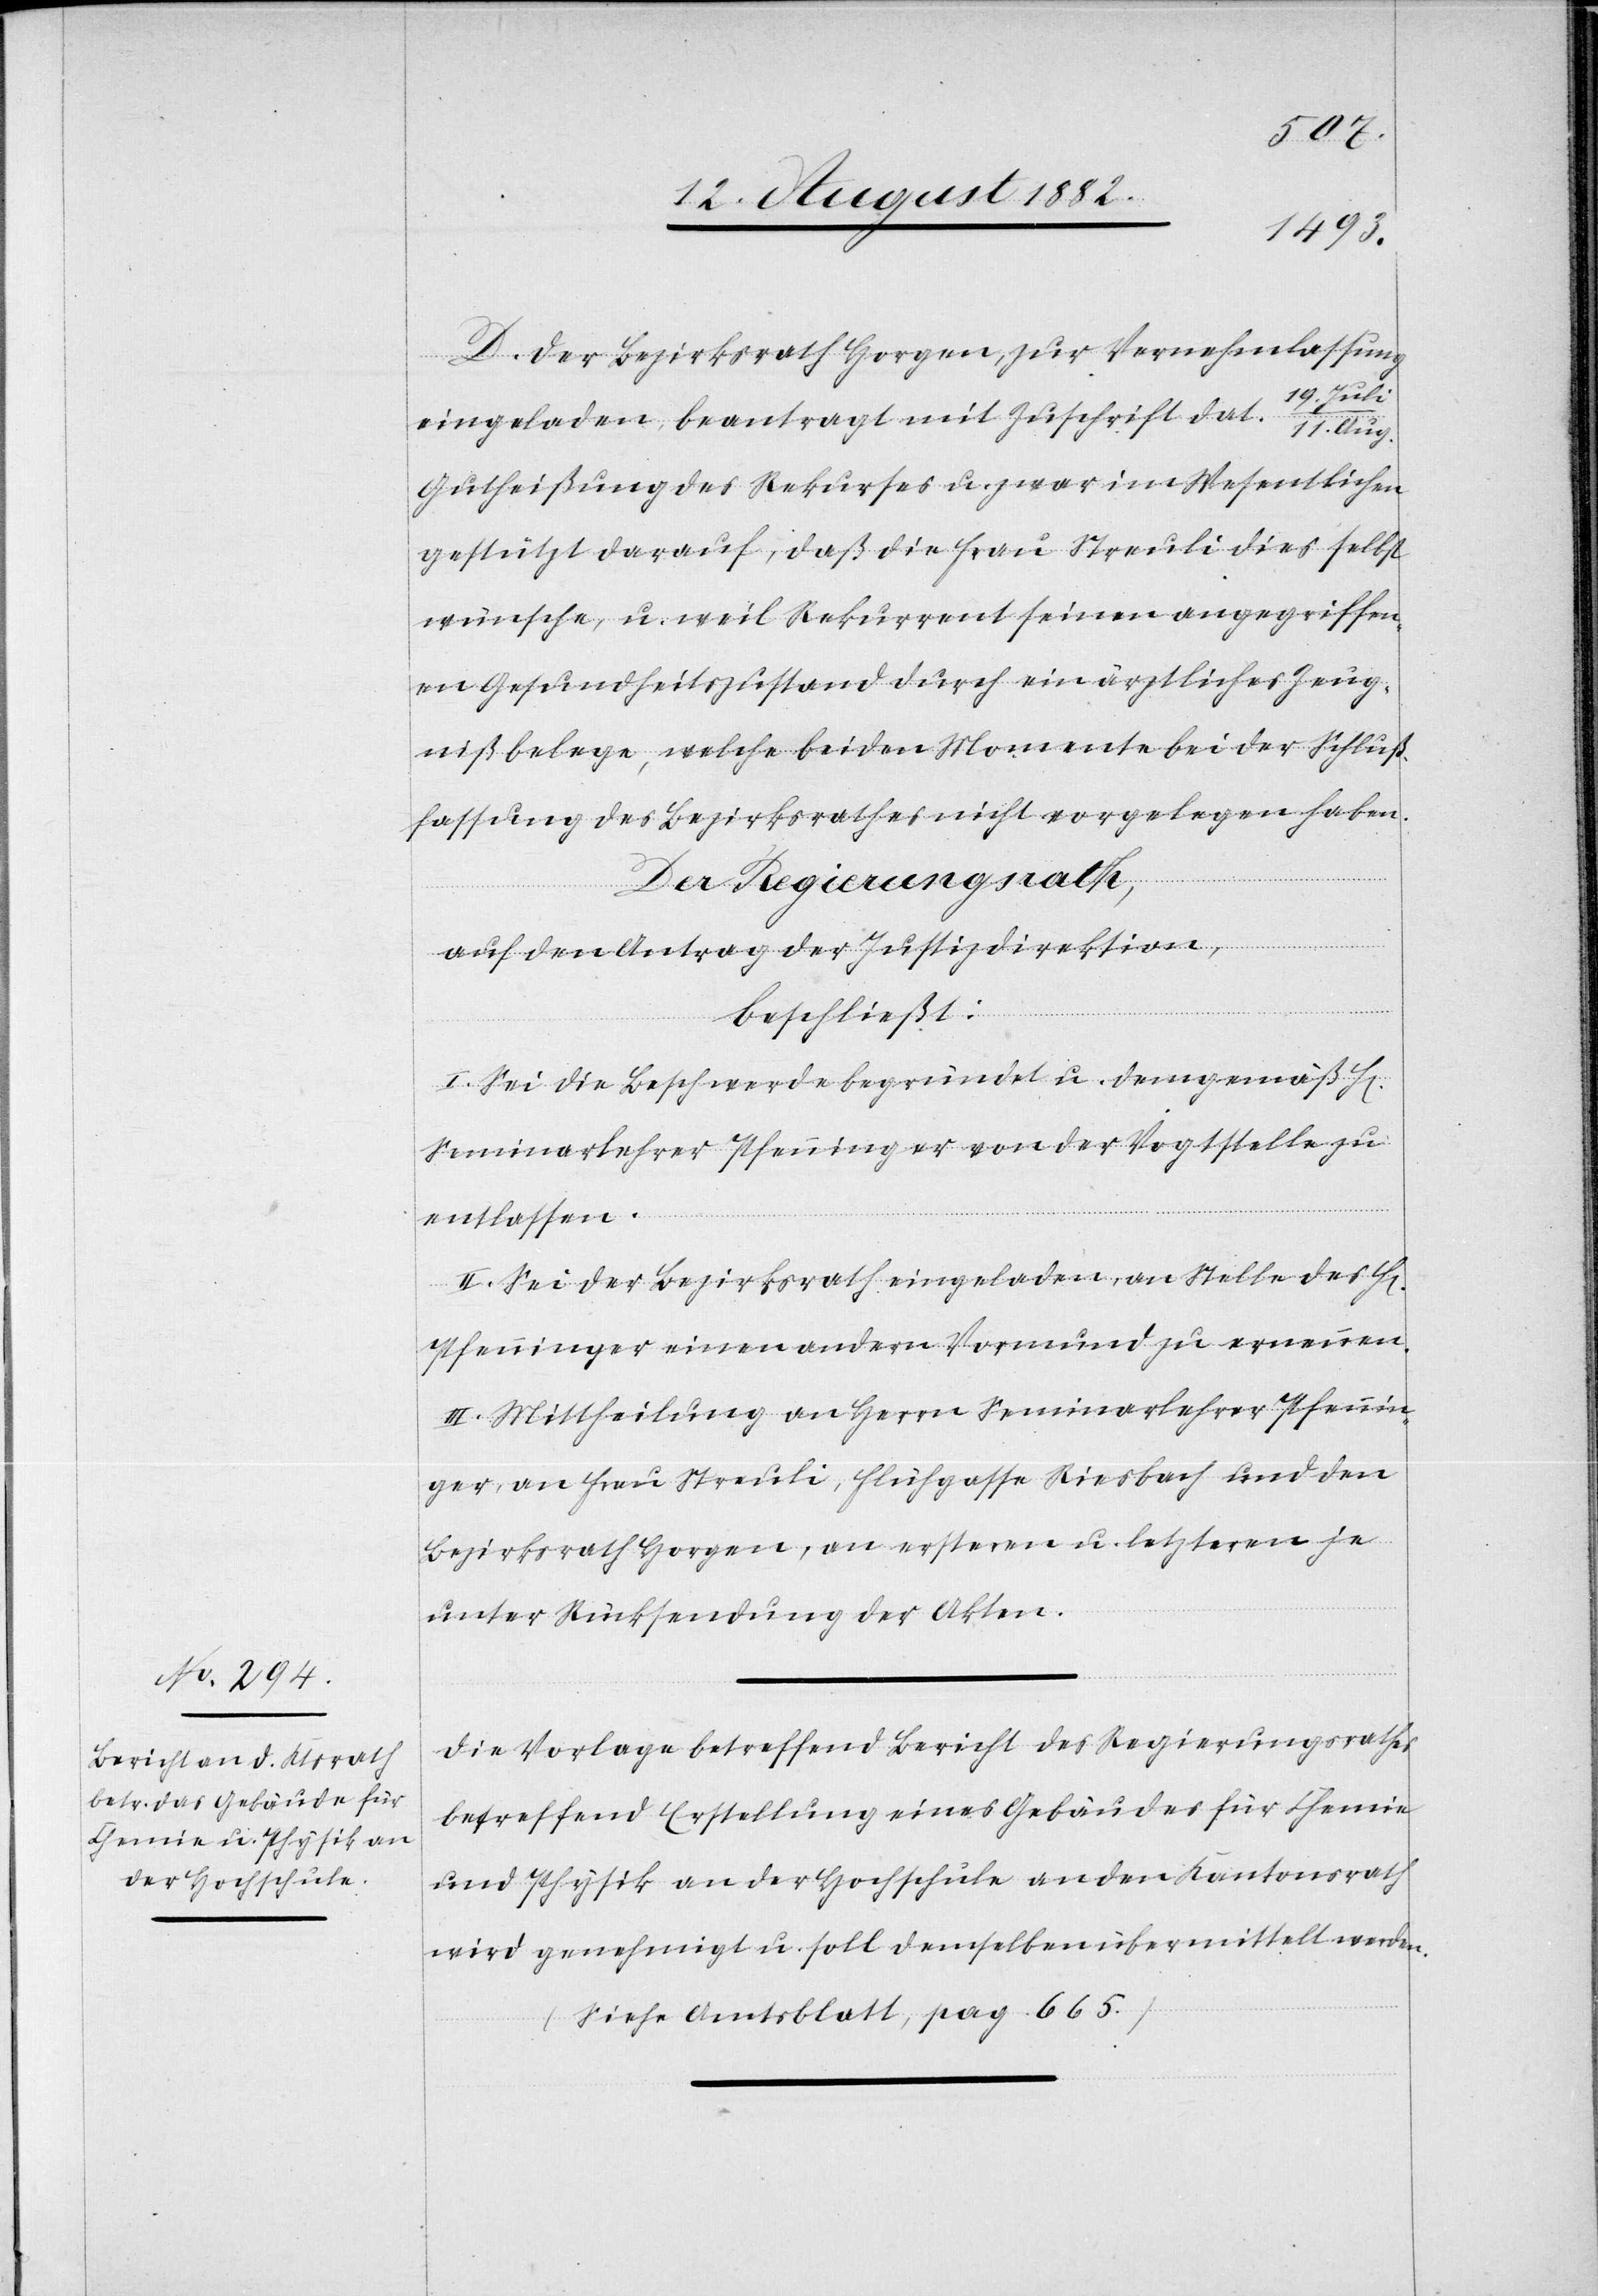
D. Der Bezirksrath Horgen, zur Vernehmlassung
i/11. Aug
eingeladen, beantragt mit Zuschrift dat. 19. Jul¬
Gutheißung des Rekurses u. zwar im Wesentlichen
gestützt darauf, daß die Frau Streuli dies selbst
wünsche, u. weil Rekurrent seinen angegriffen¬
en Gesundheitszustand durch ein ärztliches Zeug¬
niß belege, welche beiden Momente bei der Schluß¬
fassung des Bezirksrathes nicht vorgelegen haben.
Der Regierungsrath;
auf den Antrag der Justizdirektion,
rn]
beschließt:
I. Sei die Beschwerde begründet u. demgemäß H[err]
Seminarlehrer Pfenninger von der Vogtstelle zu
entlassen.
II. Sei der Bezirksrath eingeladen, an Stelle des H[er¬
Pfenninger einen andern Vormund zu ernennen.
III. Mittheilung an Herrn Seminarlehrer Pfennin¬
ger, an Frau Streuli, Flühgasse Riesbach und den
Bezirksrath Horgen, an erstern u. letztern je
unter Rücksendung der Akten.
Die Vorlage betreffend Bericht des Regierungsrathes
betreffend Erstellung eines Gebäudes für Chemie
und Physik an der Hochschule an den Kantonsrath
wird genehmigt u. soll demselben übermittelt werden.
(Siehe Amtsblatt, pag. 665)